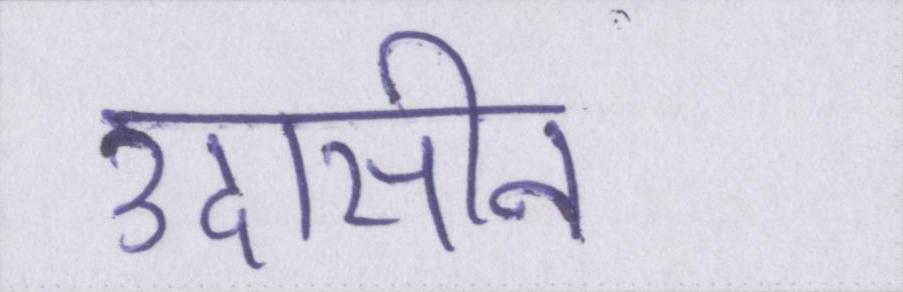
उदासीन